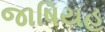
જાષિયહ